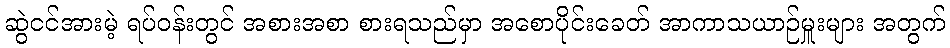
ဆွဲငင်အားမဲ့ ရပ်ဝန်းတွင် အစားအစာ စားရသည်မှာ အစောပိုင်းခေတ် အာကာသယာဉ်မှူးများ အတွက်